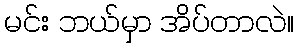
မင်း ဘယ်မှာ အိပ်တာလဲ။